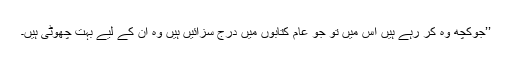
’’جوکچھ وہ کر رہے ہیں اس میں تو جو عام کتابوں میں درج سزائیں ہیں وہ ان کے لیے بہت چھوٹی ہیں۔